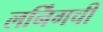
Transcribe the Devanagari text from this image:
लर्निंगची